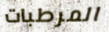
المرطبات